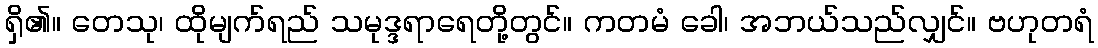
ရှိ၏။ တေသု၊ ထိုမျက်ရည် သမုဒ္ဒရာရေတို့တွင်။ ကတမံ ခေါ၊ အဘယ်သည်လျှင်။ ဗဟုတရံ